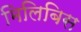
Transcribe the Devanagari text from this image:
मिलिबिस